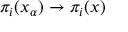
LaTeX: \pi _ { i } ( x _ { \alpha } ) \to \pi _ { i } ( x )